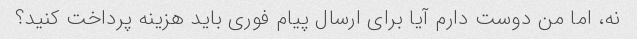
نه، اما من دوست دارم آیا برای ارسال پیام فوری باید هزینه پرداخت کنید؟